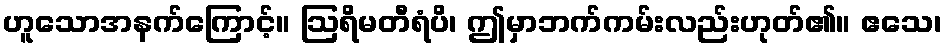
ဟူသောအနက်ကြောင့်။ ဩရိမတီရံပိ၊ ဤမှာဘက်ကမ်းလည်းဟုတ်၏။ ဧသေ၊